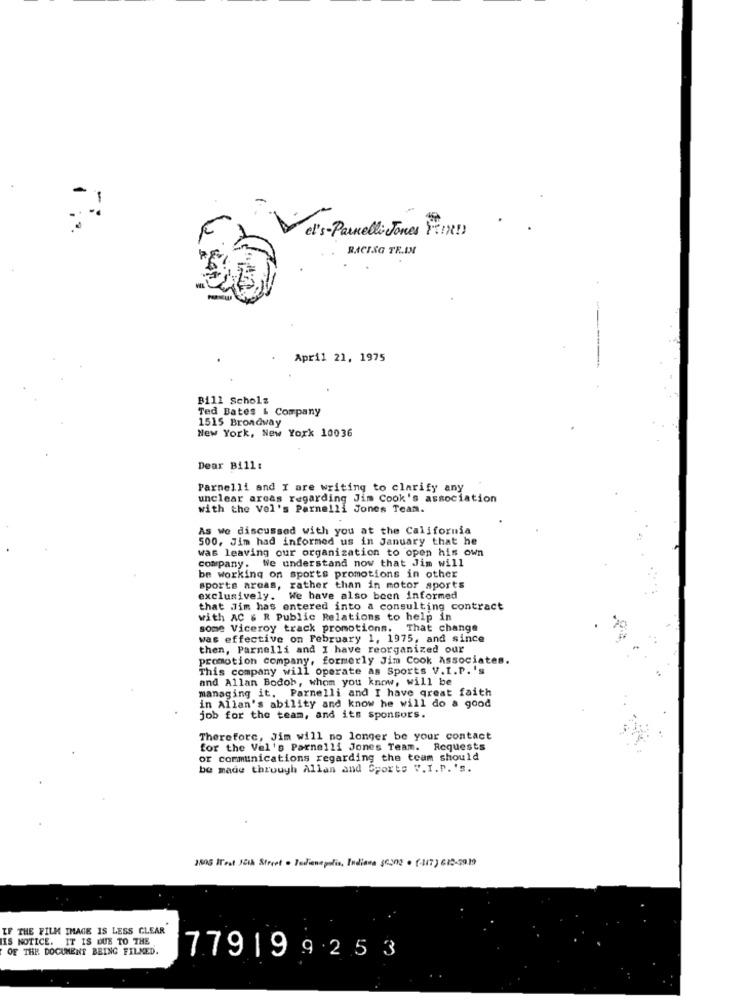
et's-Parnelli Jones MIND
RACING TR.IN
April 21, 1975
Bill Scholz
Ted Bates & Company
New York, New York 10036
1515 Broadway
Dear Bill:
Parnelli and I are writing to clarify any
unclear areas regarding Jim Cook's association
with the Vel's Parnelli Jones Team.
As we discussed with you at the California
500, Jim had informed us in January that he
was leaving our organization to open his own
company. We understand now that Jim will
be working on sports promotions in other
sports areas, rather than in motor sports
exclusively. We have also been informed
that Jim has entered into a consulting contract
with AC & R Public Relations to help in
some Viceroy track promotions. That change
was effective on February 1, 1975, and since
then, Parnelli and I have reorganized our
promotion company, formerly Jim Cook Associates.
This company will operate as Sports V.I.P. 's
and Allan Bodob, whom you know, will be
managing it. Parnelli and I have great faith
in Allan's ability and know he will do a good
job for the team, and its sponsors.
Therefore, Jim will no longer be your contact
for the Vel's Parnelli Jones Team. Requests
or communications regarding the team should
be made through Allan and Sports V.I.P.'s.
JSOG Ical JEth Street . Tediana polis, Indiana 30202 . (-417) 629-2019
IF THE FILM IMAGE IS LESS CLEAR
HIS NOTICE. IT IS DUE TO THE
OF THE DOCUMENT BEING FILNED.
779199253